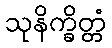
သုနိက္ခိတ္တံ